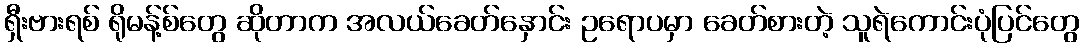
ရှီးဗားရစ် ရိုမန့်စ်တွေ ဆိုတာက အလယ်ခေတ်နှောင်း ဥရောပမှာ ခေတ်စားတဲ့ သူရဲကောင်းပုံပြင်တွေ